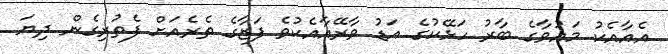
އެއާއެކު މައުވާގެ ބާރު ހަޅޭކުގެ އަޑު ވާރޭއާއެކުވެ ފަޒާގެ ތެރެއަށް ފެތުރިގެން ދިޔަ